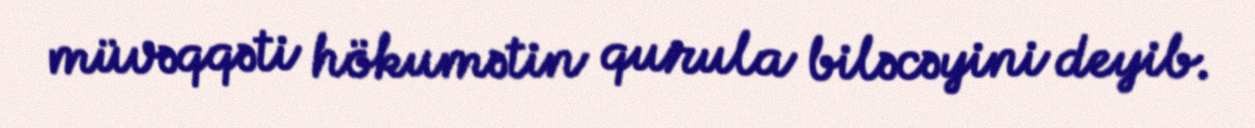
müvəqqəti hökumətin qurula biləcəyini deyib.